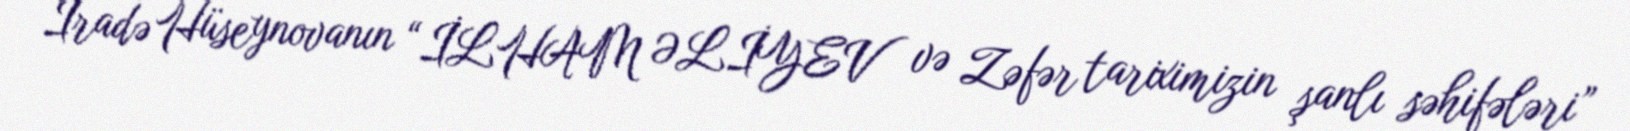
İradə Hüseynovanın “İLHAM ƏLİYEV və Zəfər tariximizin şanlı səhifələri”